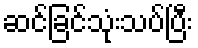
ဆင်ခြင်သုံးသပ်ပြီး